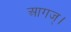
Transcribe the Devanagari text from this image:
आगज्।